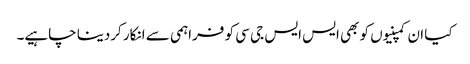
کیا ان کمپنیوں کو بھی ایس ایس جی سی کو فراہمی سے انکار کردینا چاہیے۔